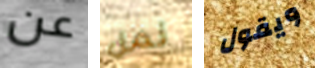
عن نمل ويقول